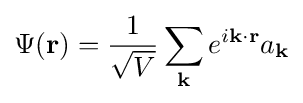
\Psi (\mathbf {r} )={1 \over {\sqrt {V}}}\sum _{\mathbf {k} }e^{i\mathbf {k\cdot r} }a_{\mathbf {k} }